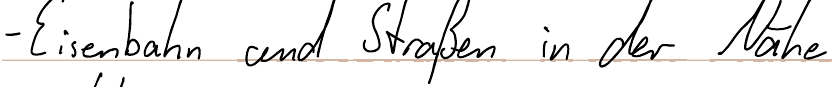
- Eisenbahn und Straßen in der Nähe